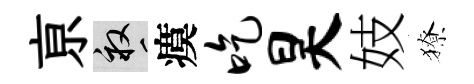
亰畝瘼吃昊妓獠